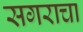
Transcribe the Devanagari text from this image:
सगराचा